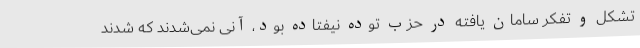
تشکل و تفکر سامان یافته در حزب توده نیفتاده بود، آنی نمی‌شدند که شدند